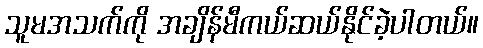
သူမအသက်ကို အချိန်မီကယ်ဆယ်နိုင်ခဲ့ပါတယ်။